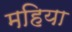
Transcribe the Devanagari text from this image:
महिया